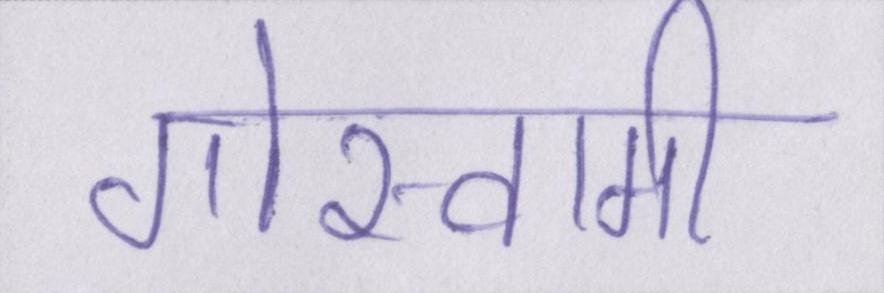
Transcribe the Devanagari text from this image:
गोस्वामी